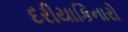
દરીયાકિનારો